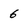
Character: 6